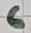
Text: 6